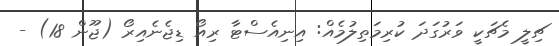
ޗިލީ މެޗަކީ ވަރުގަދަ ކުރިމަތިލުމެއް: އިނިއެސްޓާ ރިއޯ ޑިޖެނެއިރޯ (ޖޫން 18) -